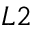
L 2